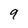
Character: 9